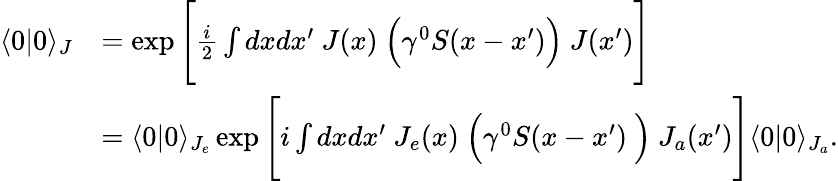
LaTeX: {\begin{array}{rl}{\langle 0|0\rangle_{J}}&{=\exp{{\Bigg[}{\frac{i}{2}}\int dxdx^{\prime}~J(x)~{\Big(}\gamma^{0}S(x-x^{\prime}){\Big)}~J(x^{\prime}){\Bigg]}}}\\ &{=\langle 0|0\rangle_{J_{e}}\exp{{\Bigg[}i\int dxdx^{\prime}~J_{e}(x)~{\Big(}\gamma^{0}S(x-x^{\prime})~{\Big)}~J_{a}(x^{\prime}){\Bigg]}}\langle 0|0\rangle_{J_{a}}.}\end{array}}